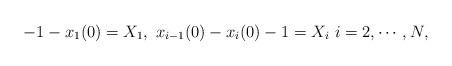
LaTeX: \begin{align*}-1-x_1(0)=X_1,~x_{i-1}(0)-x_{i}(0)-1=X_i ~i=2,\cdots,N,\end{align*}